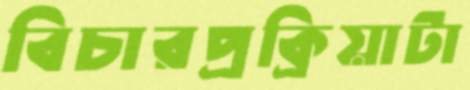
বিচারপ্রক্রিয়াটা